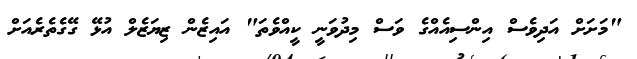
"މަށަށް އަދިވެސް އިންސިއެއްގެ ވަސް މިދުވަނީ ކީއްވެތަ" އައިޒެން ޒިޔަޒެލް އުޅޭ ގޭގެތެރެއަށް